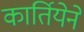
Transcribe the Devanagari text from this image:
कार्तियेने